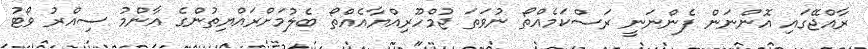
ރާއްޖޭގައި އޮންނަން ފެންނަނީ ރަސްކަމެއްތޯ ނުވަތަ ޖުމްހޫރިއްޔާއެއްތޯ ބެލުމަށްރައްޔިތުންގެ އާންމު ސިއްރު ވޯޓު